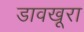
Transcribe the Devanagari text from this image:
डावखूरा